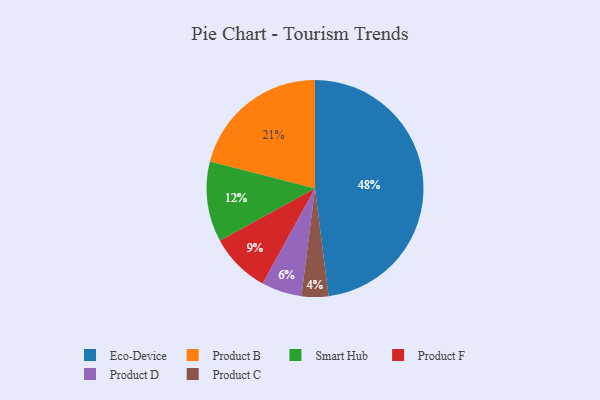
{"axis": {"x": "Category", "y": "Percentage"}, "legend": ["Eco-Device", "Product B", "Product C", "Product D", "Product F", "Smart Hub"], "data": [{"x": "Product C", "y": 4, "type": "Product C"}, {"x": "Smart Hub", "y": 12, "type": "Smart Hub"}, {"x": "Product B", "y": 21, "type": "Product B"}, {"x": "Product F", "y": 9, "type": "Product F"}, {"x": "Product D", "y": 6, "type": "Product D"}, {"x": "Eco-Device", "y": 48, "type": "Eco-Device"}]}